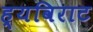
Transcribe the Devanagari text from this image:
ह्यविराट